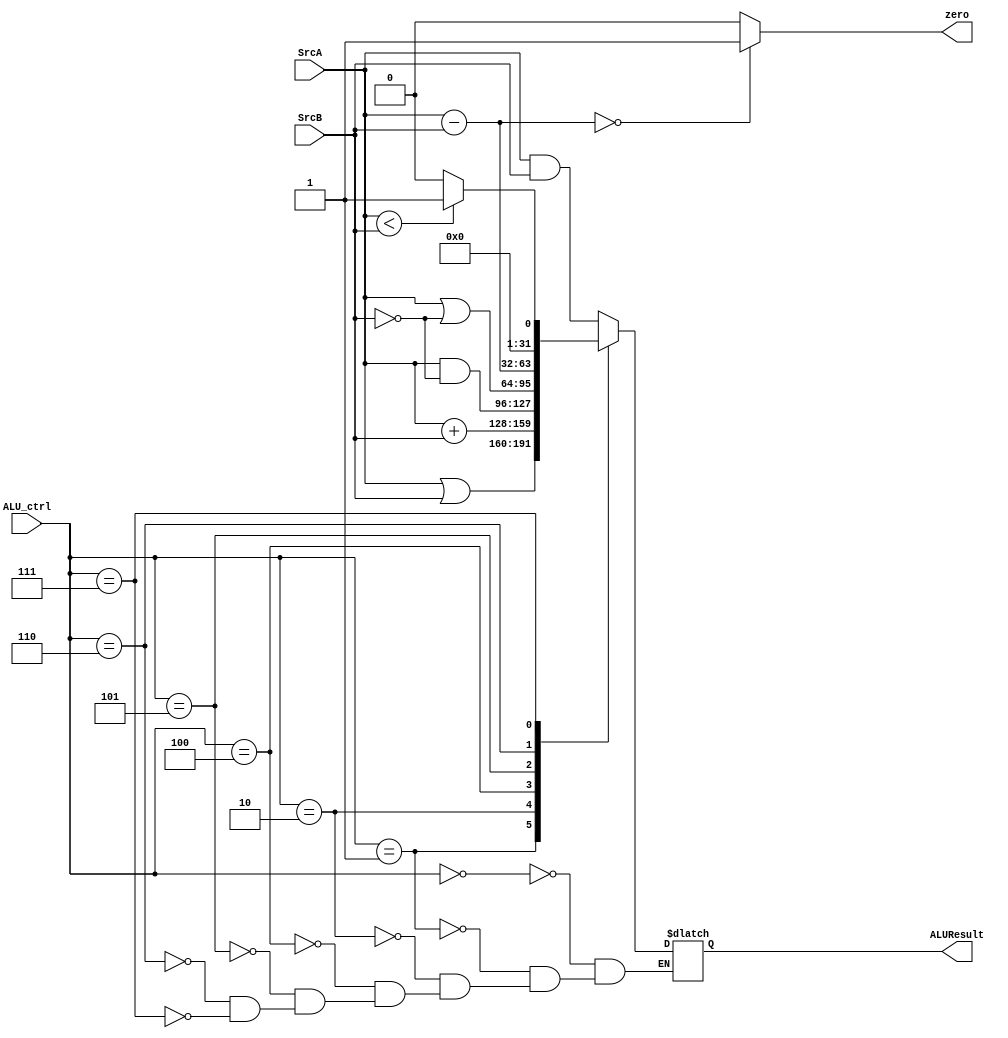
module ALU_32(
  input [31:0] SrcA , SrcB ,
  input [2:0] ALU_ctrl ,
  output zero ,
  output reg [31:0]ALUResult
     );
always @(*)
  begin
    case(ALU_ctrl)
        3'b000 : ALUResult = SrcA & SrcB ;
        3'b001 : ALUResult = SrcA | SrcB ;
        3'b010 : ALUResult = SrcA + SrcB ;
        //3'b011 : ALUResult = SrcA & SrcB ;
        3'b100 : ALUResult = SrcA & ~SrcB ;
        3'b101 : ALUResult = SrcA | ~SrcB ;
        3'b110 : ALUResult = SrcA - SrcB ;
        3'b111 : ALUResult = (SrcA < SrcB)? 1 : 0  ; // SLT
    endcase
end  
assign zero = ((SrcA - SrcB)==0)? 1:0 ;   
endmodule